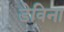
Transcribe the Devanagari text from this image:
डेविना